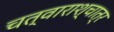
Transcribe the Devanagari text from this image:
चत्वाराश्चात्र